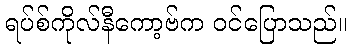
ရပ်စ်ကိုလ်နီကော့ဗ်က ဝင်ပြောသည်။